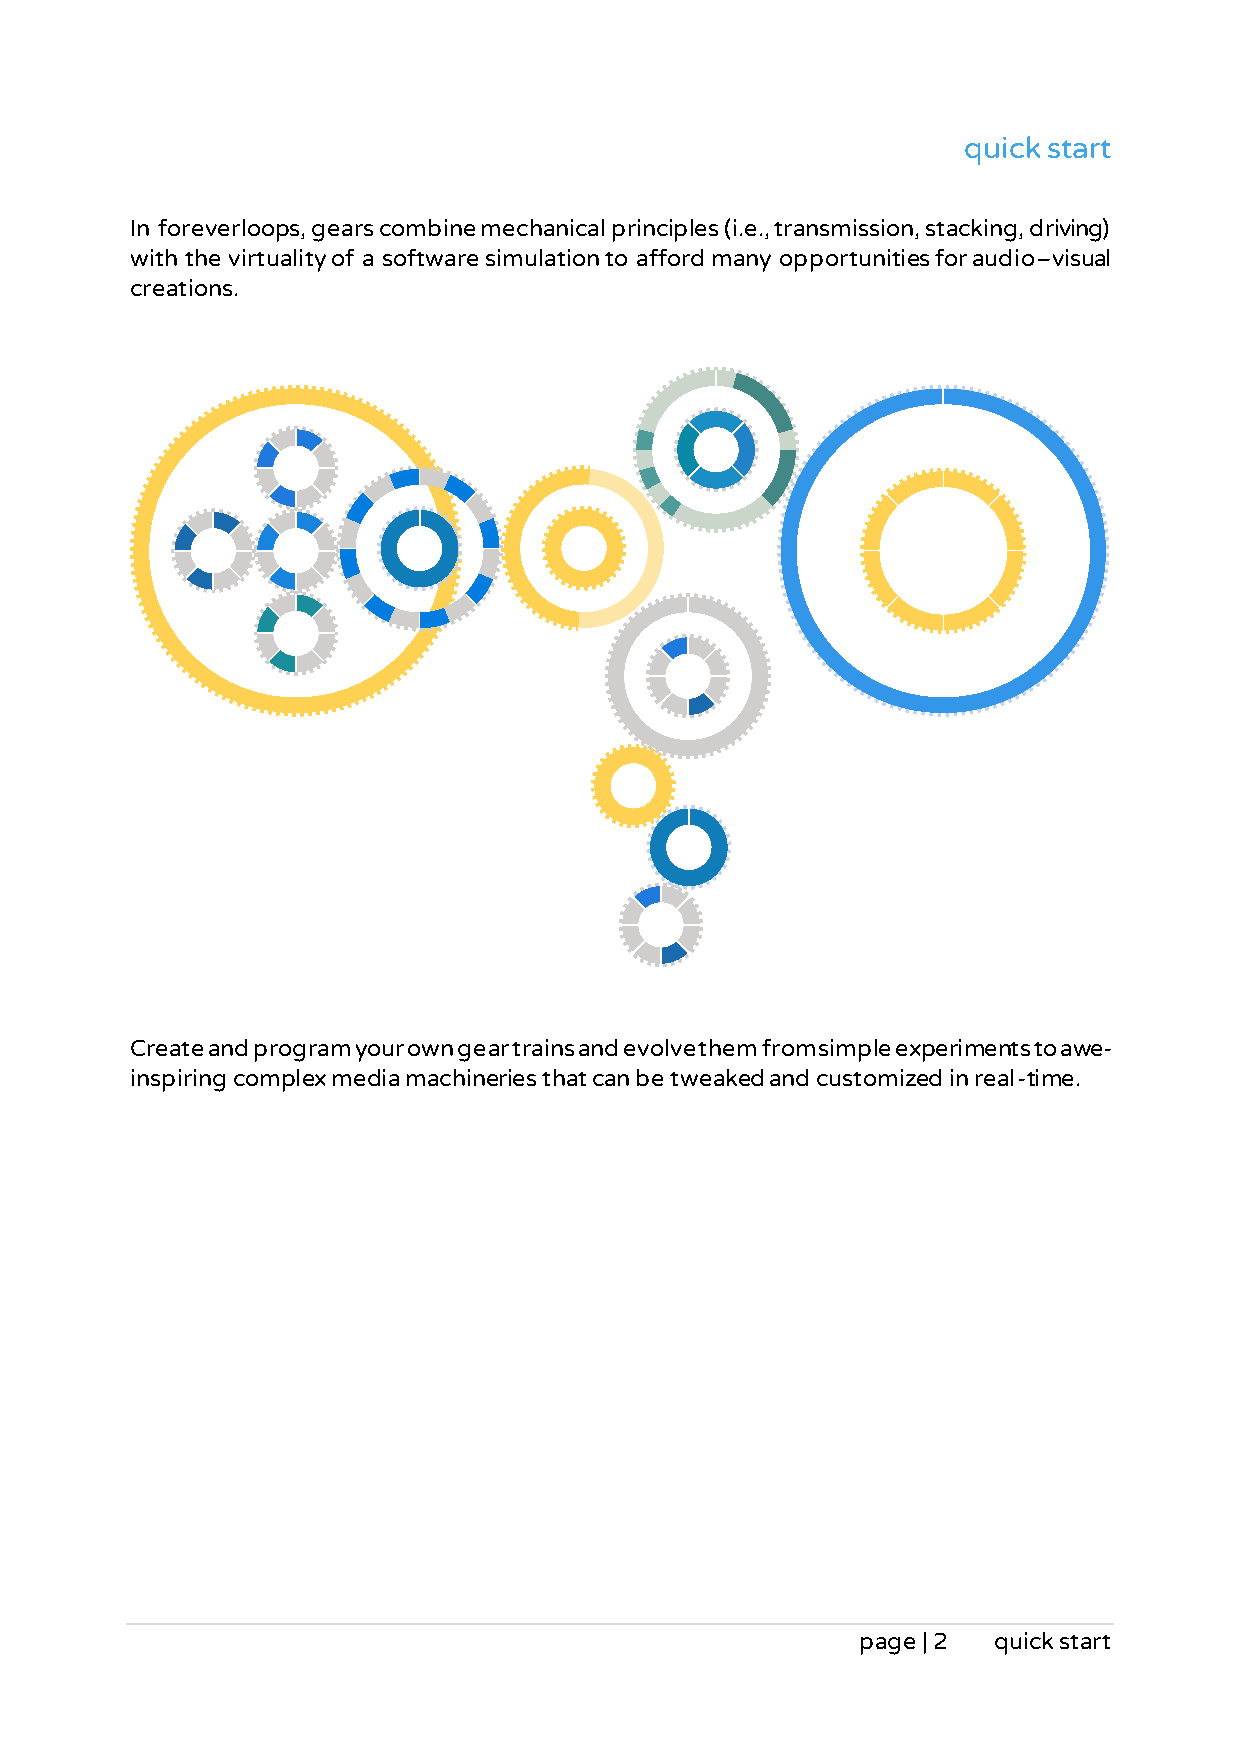
quick start
 In foreverloops, gears combine mechanical principles (i.e., transmission, stacking, driving)
 with the virtuality of a software simulation to afford many opportunities for audio–visual
 creations.
 Create and program your own gear trains and evolve them from simple experiments to awe-
 inspiring complex media machineries that can be tweaked and customized in real-time.
 page | 2 quick start